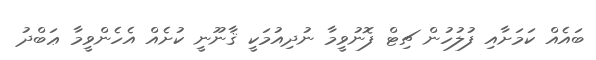
ބައެއް ކަމަށާއި ފުލުހުން ޗިޓް ފޮނުވީމާ ނުދިއުމަކީ ޤާނޫނީ ކުށެއް އެހެންވީމާ ޢަބްދު